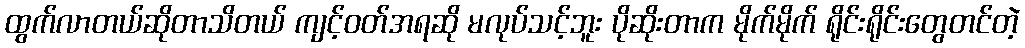
ထွက်လာတယ်ဆိုတာသိတယ် ကျင့်ဝတ်အရဆို မလုပ်သင့်ဘူး ပိုဆိုးတာက မိုက်မိုက် ရိုင်းရိုင်းတွေတင်တဲ့